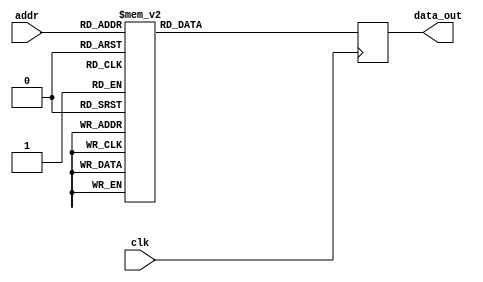
module twiddle_ROM_real_11(
    input wire clk,
    input wire [4:0] addr,
    output reg [15:0] data_out
);

always @(posedge clk) begin
    case(addr)
5'b00000: data_out <= 16'h0100 ;
5'b00001: data_out <= 16'h0100 ;
5'b00010: data_out <= 16'h0100 ;
5'b00011: data_out <= 16'h0100 ;
5'b00100: data_out <= 16'h0100 ;
5'b00101: data_out <= 16'h0000 ;
5'b00110: data_out <= 16'h0100 ;
5'b00111: data_out <= 16'h0000 ;
5'b01000: data_out <= 16'h0100 ;
5'b01001: data_out <= 16'h00B5 ;
5'b01010: data_out <= 16'h0000 ;
5'b01011: data_out <= 16'hFF4A ;
5'b01100: data_out <= 16'h0000 ;
5'b01101: data_out <= 16'hFF9E ;
5'b01110: data_out <= 16'hFF4A ;
5'b01111: data_out <= 16'hFF13 ;
5'b10000: data_out <= 16'hFF4A ;
5'b10001: data_out <= 16'hFF2B ;
5'b10010: data_out <= 16'hFF13 ;
5'b10011: data_out <= 16'hFF04 ;
5'b10100: data_out <= 16'h0061 ;
5'b10101: data_out <= 16'h004A ;
5'b10110: data_out <= 16'h0031 ;
5'b10111: data_out <= 16'h0019 ;
5'b11000: data_out <= 16'hFF71 ;
5'b11001: data_out <= 16'hFF67 ;
5'b11010: data_out <= 16'hFF5D ;
5'b11011: data_out <= 16'hFF54 ;


        default: data_out <= 16'h00000;
    endcase
end

endmodule